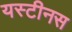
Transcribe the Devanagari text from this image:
यस्टीनस